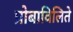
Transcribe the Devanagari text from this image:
प्रोबाविलिते